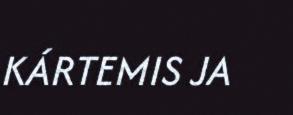
KÁRTEMIS JA